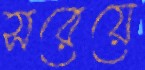
সরেয়ে